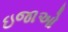
ઇજાઓ